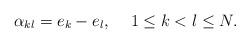
LaTeX: \begin{align*}\alpha_{kl}=e_k - e_l,\,\,\,\,\,\,\, 1\le k<l\le N.\end{align*}